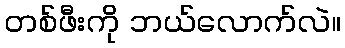
တစ်ဖီးကို ဘယ်လောက်လဲ။